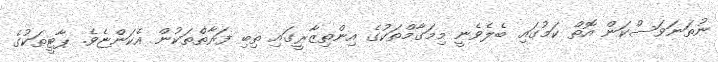
ނުތަނަަވަސްކަން އޮތް ކަމުގައި ބެލެވެނީ މިމަގާމްތަކުގެ އިންތިޒާރީގައި ތިބި ފަރާތްތަކުން އެކަންޏެވެ. ޕާޓީތަކުގެ